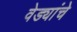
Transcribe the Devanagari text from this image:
वेड्यांचे